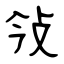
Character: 㪁